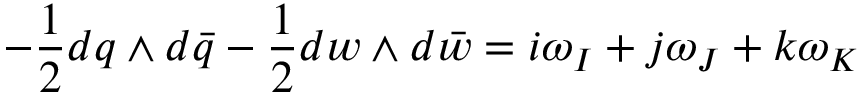
- { \frac { 1 } { 2 } } d q \wedge d \bar { q } - { \frac { 1 } { 2 } } d w \wedge d \bar { w } = i \omega _ { I } + j \omega _ { J } + k \omega _ { K }